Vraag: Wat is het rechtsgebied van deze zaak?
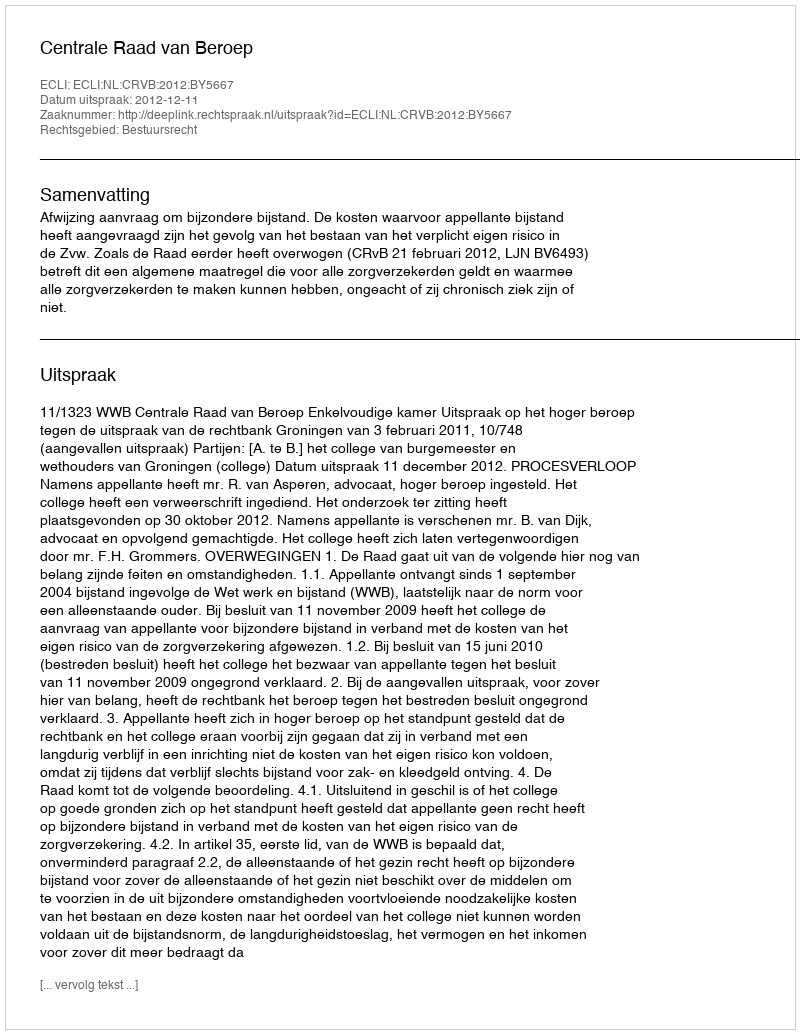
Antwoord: Bestuursrecht